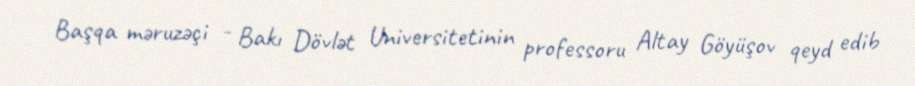
Başqa məruzəçi - Bakı Dövlət Universitetinin professoru Altay Göyüşov qeyd edib